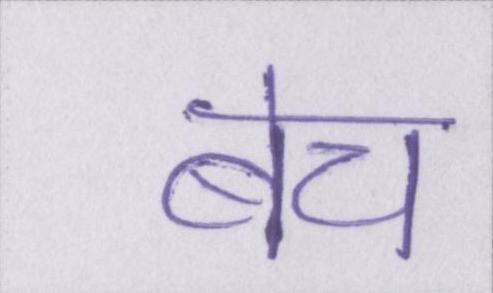
बेच